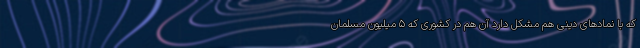
که با نمادهای دینی هم مشکل دارد آن هم در کشوری که 5 میلیون مسلمان